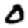
Digit: 0